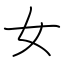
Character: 女